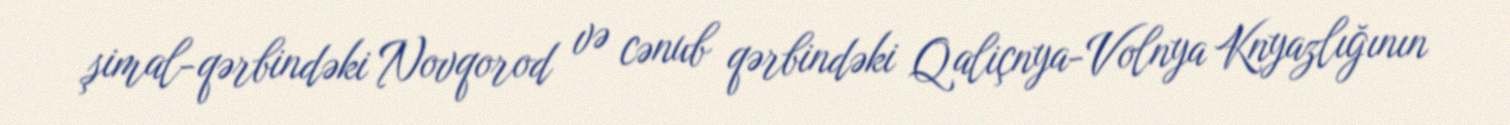
şimal-qərbindəki Novqorod və cənub qərbindəki Qaliçnya-Volnya Knyazlığının